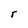
Character: r